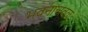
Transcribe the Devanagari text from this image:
भवनाजवळ